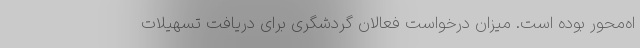
اه‌محور بوده است. میزان درخواست فعالان گردشگری برای دریافت تسهیلات